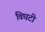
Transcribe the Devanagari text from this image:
विघटी